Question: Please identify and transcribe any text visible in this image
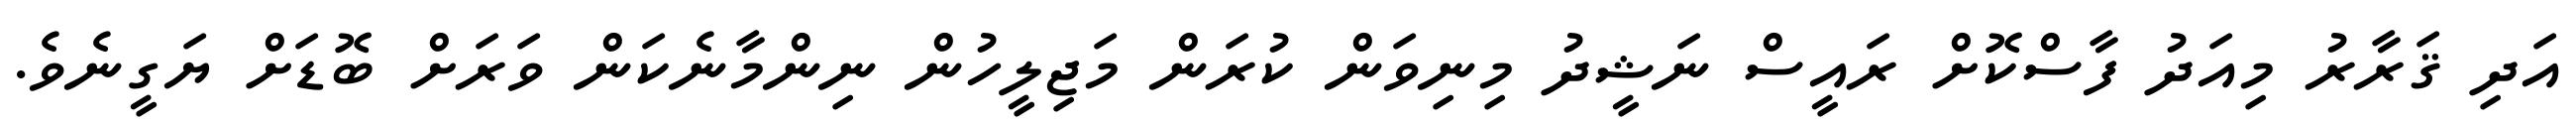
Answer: އަދި ޤަރާރު މިއަދު ފާސްކޮށް ރައީސް ނަޝީދު މިނިވަން ކުރަން މަޖިލީހުން ނިންމާނެކަން ވަރަށް ބޮޑަށް ޔަގީނެވެ.